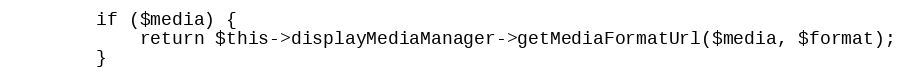
Language: PHP
        if ($media) {
            return $this->displayMediaManager->getMediaFormatUrl($media, $format);
        }